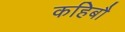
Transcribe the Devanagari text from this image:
कहिबौ